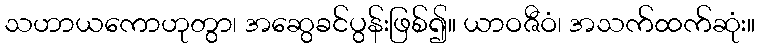
သဟာယကောဟုတွာ၊ အဆွေခင်ပွန်းဖြစ်၍။ ယာဝဇီဝံ၊ အသက်ထက်ဆုံး။